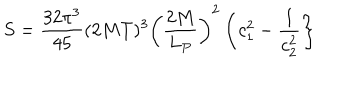
S = { \frac { 3 2 \pi ^ { 3 } } { 4 5 } } ( 2 M T ) ^ { 3 } \left( { \frac { 2 M } { L _ { P } } } \right) ^ { 2 } \left\{ c _ { 1 } ^ { 2 } - { \frac { 1 } { c _ { 2 } ^ { 2 } } } \right\}